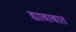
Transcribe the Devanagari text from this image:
ह्याबाबात